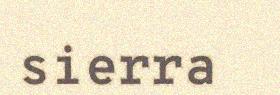
sierra